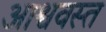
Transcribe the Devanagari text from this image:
आश्ववस्त